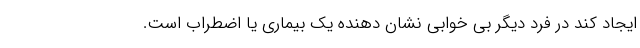
ایجاد کند در فرد دیگر بی خوابی نشان دهنده یک بیماری یا اضطراب است.